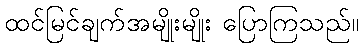
ထင်မြင်ချက်အမျိုးမျိုး ပြောကြသည်။